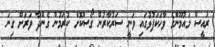
ރައީސް މައުމޫންގެ ވާހަކަފުޅުގައި ވަނީ ސަރުކާރުން ގޯސްކޮށް ކުރަމުން ގެންދާ ވަރަށް ގިނަ